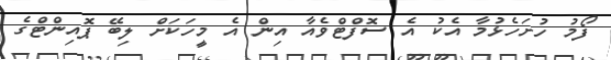
ފޯމު ހުށަހެޅުމާ އެކު އެ ސޮފްޓްވެއާ އިން އެ މީހަކަށް ލިބޭ ޕޮއިންޓްގެ